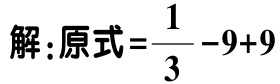
解：原式=\(\frac{1}{3}-9 + 9\)